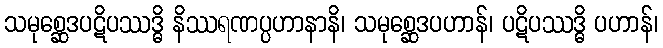
သမုစ္ဆေဒပဋိပဿဒ္ဓိ နိဿရဏပ္ပဟာနာနိ၊ သမုစ္ဆေဒပဟာန်၊ ပဋိပဿဒ္ဓိ ပဟာန်၊